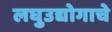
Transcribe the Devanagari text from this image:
लघुउद्योगाचे